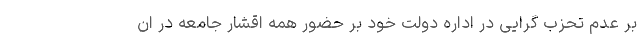
بر عدم تحزب گرایی در اداره دولت خود بر حضور همه اقشار جامعه در ان